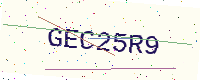
Text: GEC25R9